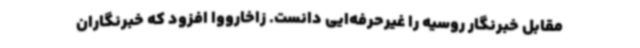
مقابل خبرنگار روسیه را غیرحرفه‌ایی دانست. زاخارووا افزود که خبرنگاران